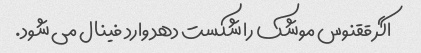
اگر ققنوس موشک را شکست دهد وارد فینال می شود.